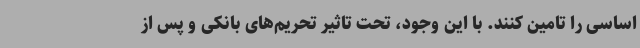
اساسی را تامین کنند. با این وجود، تحت تاثیر تحریم‌های بانکی و پس از